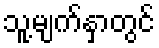
သူ့မျက်နှာတွင်